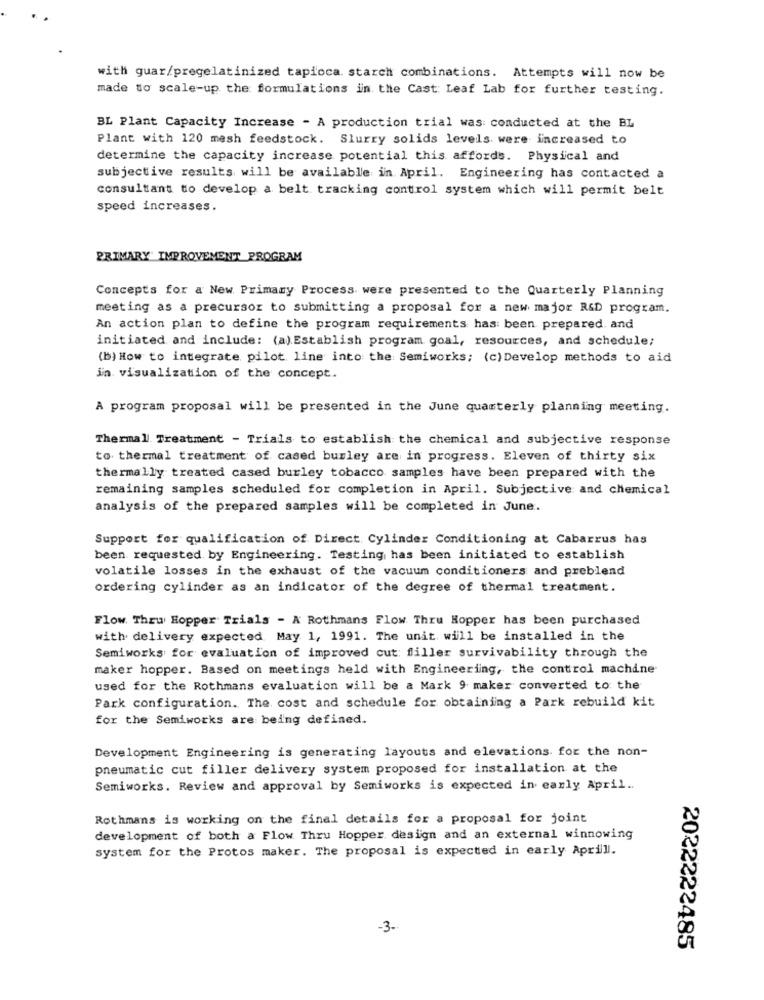
with guar/pregelatinized tapioca starch combinations. Attempts will now be
made to scale-up the formulations in the Cast Leaf Lab for further testing.
BL Plant Capacity Increase - A production trial was conducted at the BL
Plant with 120 mesh feedstock. Slurry solids levels. were increased to
determine the capacity increase potential this affords. Physical and
subjective results will be available in April. Engineering has contacted a
consultant to develop a belt tracking control system which will permit belt
speed increases.
PRIMARY" IMPROVEMENT PROGRAM
Concepts for a New Primamy Process were presented to the Quarterly Planning
meeting as a precursor to submitting a proposal for a new major R&D program.
An action plan to define the program requirements has been prepared. and
initiated and include: (a). Establish program goal, resources, and schedule;
(b) How to integrate pilot line into the Semiworks; (c) Develop methods to aid
in visualization of the concept.
A program proposal will be presented in the June quarterly planning meeting.
Thermal Treatment - Trials to establish the chemical and subjective response
to thermal treatment of cased burley are in progress. Eleven of thirty six
thermally treated cased burley tobacco samples have been prepared with the
remaining samples scheduled for completion in April. Subjective and chemical
analysis of the prepared samples will be completed in June.
Support for qualification of Direct Cylinder Conditioning at Cabarrus has
been requested by Engineering. Testing has been initiated to establish
volatile losses in the exhaust of the vacuum conditioners and preblend
ordering cylinder as an indicator of the degree of thermal treatment.
Flow. Thew Hopper Trials - A Rothmans Flow Thru Hopper has been purchased
with delivery expected May 1, 1991. The unit will be installed in the
Semiworks for evaluation of improved cut filler survivability through the
maker hopper. Based on meetings held with Engineering, the control machine
used for the Rothmans evaluation will be a Mark 9 maker converted to the
Park configuration. The cost and schedule for obtaining a Park rebuild kit
for the Semiworks are being defined.
Development Engineering is generating layouts and elevations for the non-
pneumatic cut filler delivery system proposed for installation at the
Semiworks. Review and approval by Semiworks is expected in early April ..
Rothmans is working on the final details for a proposal for joint
development of both a Flow Thru Hopper design and an external winnowing
system for the Protos maker. The proposal is expected in early Aprill.
-3.
2022222485